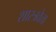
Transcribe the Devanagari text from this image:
शास्त्रवेत्ता